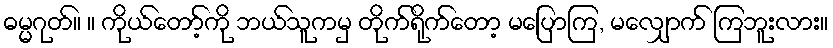
ဓမ္မဂုတ်။ ။ ကိုယ်တော့်ကို ဘယ်သူကမှ တိုက်ရိုက်တော့ မပြောကြ, မလျှောက် ကြဘူးလား။